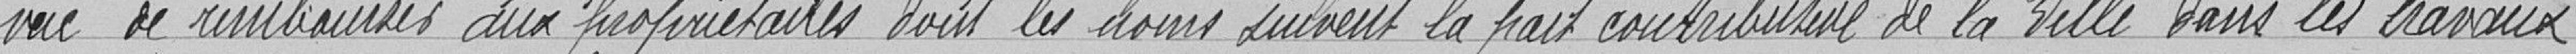
vue de rembourser aux propriétaires dont les noms suivent la part contributive de la Ville dans les travaux